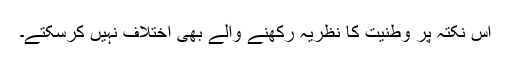
اس نکتہ پر وطنیت کا نظریہ رکھنے والے بھی اختلاف نہیں کرسکتے۔